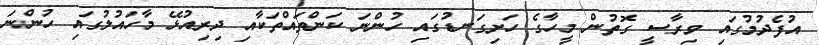
އުފެދުމުގައި ވިރާސީ ގޮތުން މީހާގެ ހަށިގަނޑުގައި ހުންނަ ކަންތައްތަކާއި ދިރިއުޅޭ މާހައުލުގައި ހުންނަ